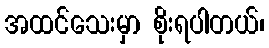
အထင်သေးမှာ စိုးရပါတယ်၊